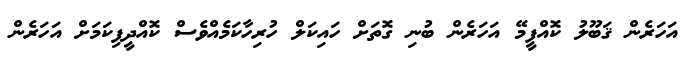
އަހަރެން ޤަބޫލު ކޮއްފީމޭ އަހަރެން ބުނި ގޮތަށް ހައިކަލް ހުރިހާކަމެއްވެސް ކޮއްދީފިކަމަށް އަހަރެން